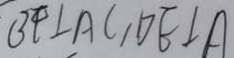
B F \bot A C , D E \bot A